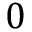
0